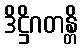
ဒိဋ္ဌိဂတန္တိ